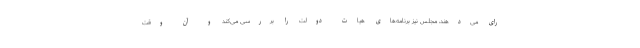
رای می‌دهند، مجلس نیز برنامه‌های هیات دولت را بررسی می‌کند و آن وقت